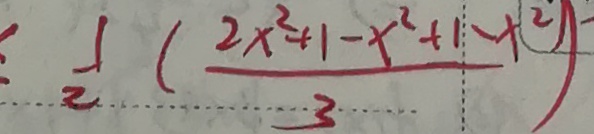
\frac { 1 } { 2 } ( \frac { 2 x ^ { 2 } + 1 - x ^ { 2 } + 1 - x ^ { 2 } } { 3 } )